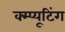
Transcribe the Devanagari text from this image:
क्म्प्यूटिंग